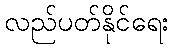
လည်ပတ်နိုင်ရေး